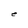
Character: e